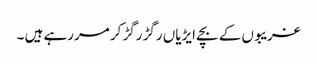
غریبوں کے بچے ایڑیاں رگڑ رگڑ کر مررہے ہیں ۔